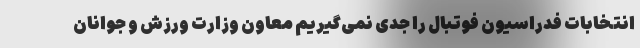
انتخابات فدراسیون فوتبال را جدی نمی‌گیریم معاون وزارت ورزش و جوانان